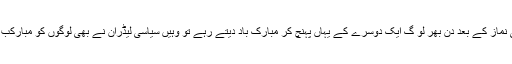
عید کی نماز کے بعد دن بھر لو گ ایک دوسرے کے یہاں پہنچ کر مبارک باد دیتے رہے تو وہیں سیاسی لیڈران نے بھی لوگوں کو مبارکب باد دیا۔